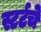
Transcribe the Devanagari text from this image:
स्टर्टचे